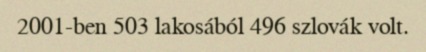
2001-ben 503 lakosából 496 szlovák volt.